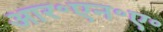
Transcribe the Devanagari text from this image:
आर॰एन॰ए॰